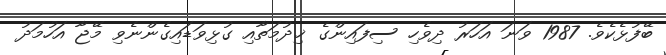
ބޭފުޅެކެވެ. 1987 ވަނަ އަހަރު ދިވެހި ސިފައިންގެ ޚިދުމަތާއި ގުޅިވަޑައިގެންނެވި މޭޖާ އަހުމަދު